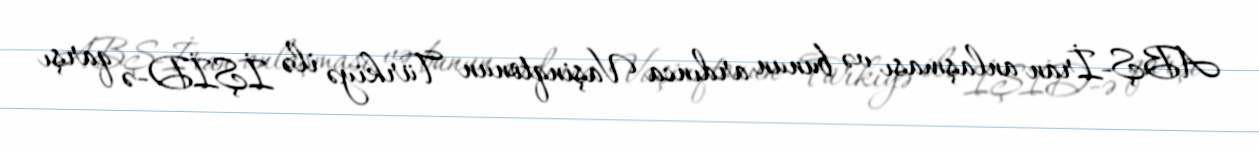
ABŞ-İran anlaşması və bunun ardınca Vaşinqtonun Türkiyə ilə İŞİD-ə qarşı